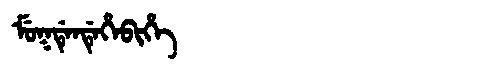
Manchu: ᠮᡠᡴᡩᡝᠨᡩᡝᡥᡝᠪᡳᡥᡝ
Romanization: MUKDENDEHEBIHE